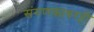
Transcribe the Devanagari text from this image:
संगणकावरही